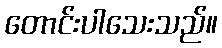
တောင်းပါသေးသည်။